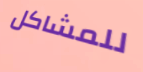
للمشاكل